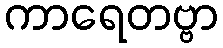
ကာရေတဗ္ဗာ